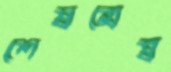
শেষমেষ